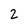
Character: 2